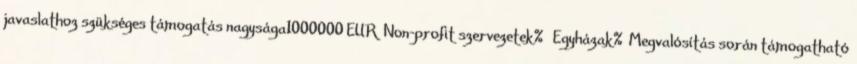
javaslathoz szükséges támogatás nagysága1000000 EUR▪Non-profit szervezetek% ▪Egyházak%▪Megvalósítás során támogatható